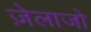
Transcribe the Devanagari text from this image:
ज़ेलाजो